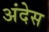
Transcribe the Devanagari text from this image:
अंदेस